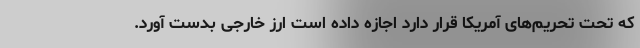
که تحت تحریم‌های آمریکا قرار دارد اجازه داده است ارز خارجی بدست آورد.